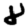
Digit: 8